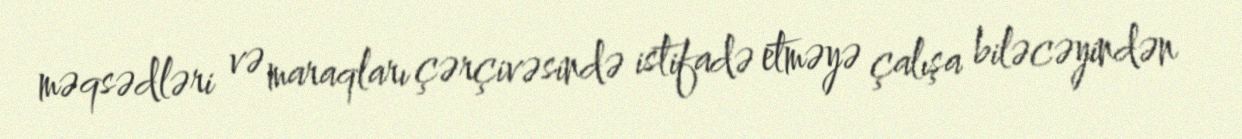
məqsədləri və maraqları çərçivəsində istifadə etməyə çalışa biləcəyindən